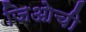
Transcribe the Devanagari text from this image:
जिओची